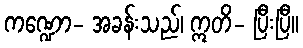
ကဏ္ဍော- အခန်းသည်၊ ဣတိ- ပြီးပြီ။